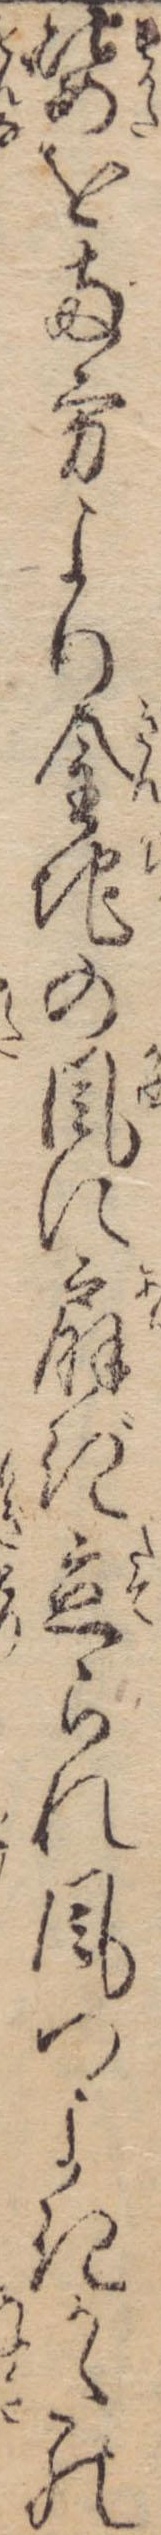
姿を両方より金地の風に扇ぎ立られ風つよきかたの